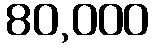
80,000